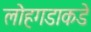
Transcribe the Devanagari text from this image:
लोहगडाकडे